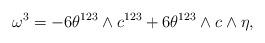
LaTeX: \begin{align*}\omega^3=-6 \theta^{123} \wedge c^{123}+6\theta^{123}\wedge c\wedge\eta, \end{align*}